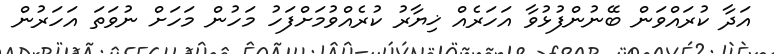
އަދާ ކުރައްވަން ބޭނުންފުޅުވާ އަހަރެއް ޚިޔާރު ކުރެއްވުމަށްފަހު މަހުން މަހަށް ނުވަތަ އަހަރުން